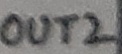
Text: OUT2